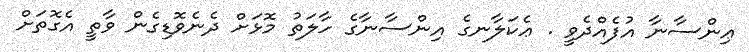
ޢިންސާނާ އުފެއްދެވީ . ޢެކަލާނގެ އިންސާނާގެ ހާލަތު މޮޅަށް ދެނެވޮޑިގެން ވާތީ އެގޮތަށް